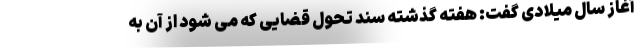
آغاز سال میلادی گفت: هفته گذشته سند تحول قضایی که می شود از آن به